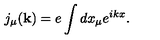
j _ { \mu } ( { \bf k } ) = e \int d x _ { \mu } e ^ { i k x } .